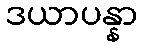
ဒယာပန္နာ